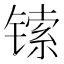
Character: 𫔅